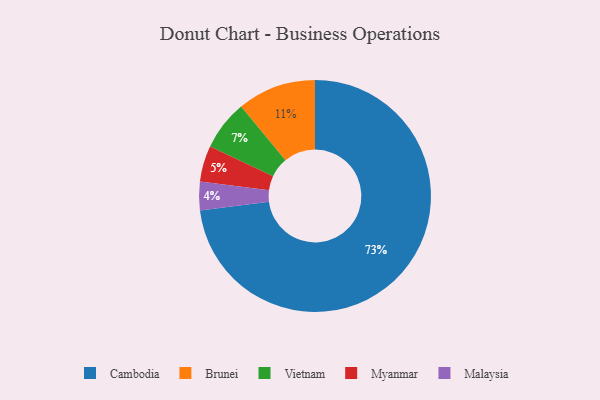
{"axis": {"x": "Category", "y": "Percentage"}, "legend": ["Brunei", "Cambodia", "Malaysia", "Myanmar", "Vietnam"], "data": [{"x": "Malaysia", "y": 4, "type": "Malaysia"}, {"x": "Brunei", "y": 11, "type": "Brunei"}, {"x": "Vietnam", "y": 7, "type": "Vietnam"}, {"x": "Myanmar", "y": 5, "type": "Myanmar"}, {"x": "Cambodia", "y": 73, "type": "Cambodia"}]}